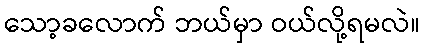
သော့ခလောက် ဘယ်မှာ ဝယ်လို့ရမလဲ။